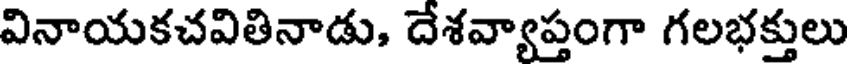
వినాయకచవితినాడు, దేశవ్యాప్తంగా గలభక్తులు